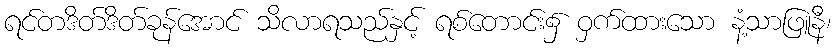
ရင်တဒိတ်ဒိတ်ခုန်အောင် သိလာရသည်နှင့် ရစ်တောင်း၌ ဝှက်ထားသော နံ့သာဖြူနီ၊